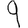
Digit: 9